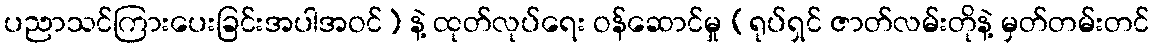
ပညာသင်ကြားပေးခြင်းအပါအဝင်) နဲ့ ထုတ်လုပ်ရေး ဝန်ဆောင်မှု (ရုပ်ရှင် ဇာတ်လမ်းတိုနဲ့ မှတ်တမ်းတင်